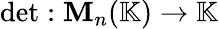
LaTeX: \operatorname*{d\mathrm{e}t}:\mathbf{M}_{n}(\mathbb{{K}})\rightarrow\mathbb{{K}}